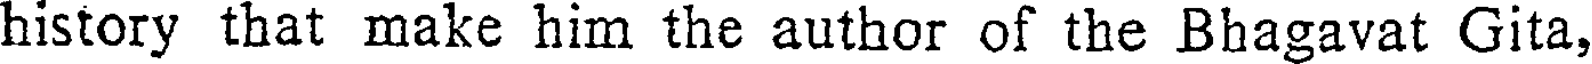
history that make him the author of the Bhagavat Gita,